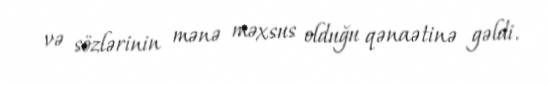
və sözlərinin mənə məxsus olduğu qənaətinə gəldi.